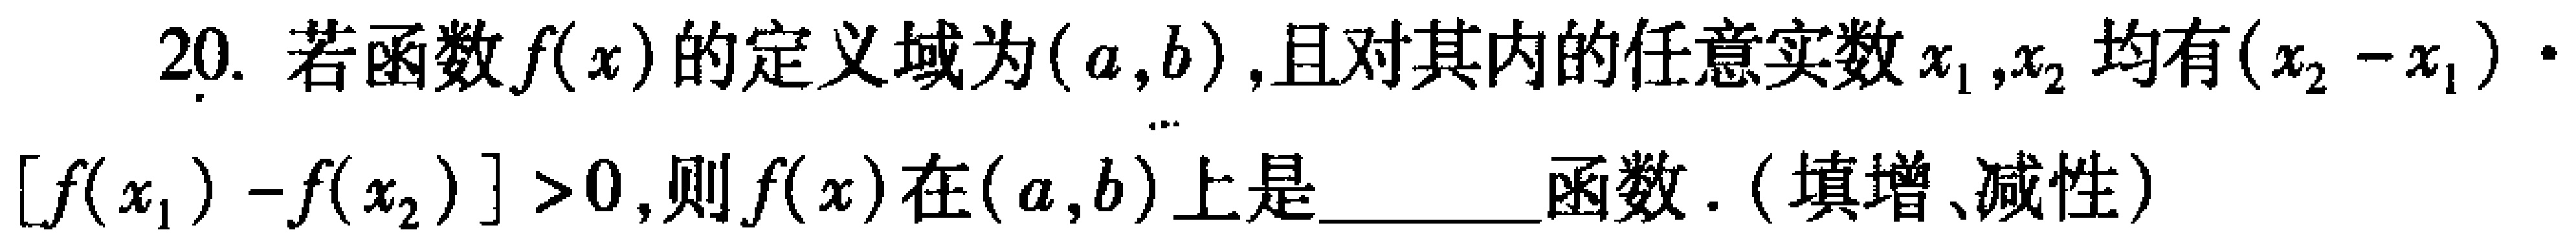
20. 若函数\(f(x)\)的定义域为\((a,b)\)，且对其内的任意实数\(x_1,x_2\)均有\((x_2 - x_1)\cdot[f(x_1) - f(x_2)]>0\)，则\(f(x)\)在\((a,b)\)上是________函数.（填增、减性）